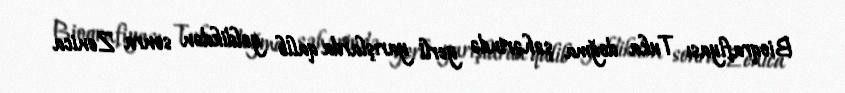
Bioqrafiyası Tuka doğma şəhərində yerli yarışlarda qalib gəldikdən sonra Zenica